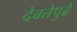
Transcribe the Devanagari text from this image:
देवतेपुढे